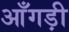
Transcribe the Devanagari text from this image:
आँगड़ी